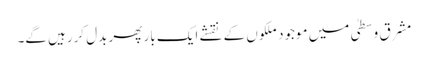
مشرقِ وسطیٰ میں موجود ملکوں کے نقشے ایک بار پھر بدل کررہیں گے۔